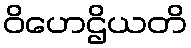
ဝိဟေဌိယတိ